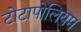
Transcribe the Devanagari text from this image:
टोटापोलियम